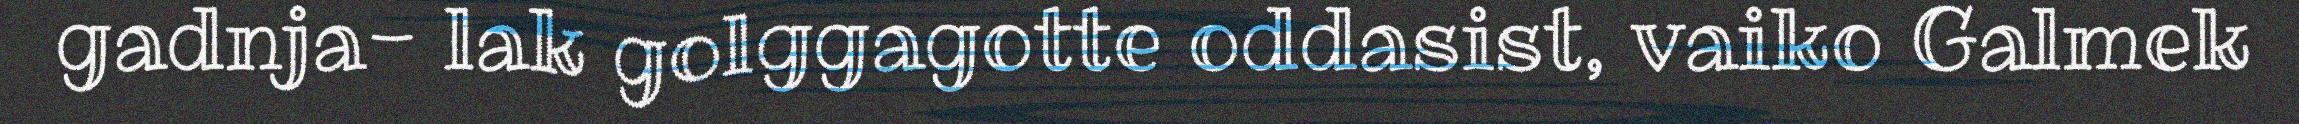
gadnja- lak golggagotte oddasist, vaiko Galmek